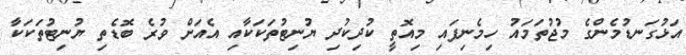
އަޅުގަނޑުމެންގެ މުޖުތަމައު ހިމެނިފައި މިއޮތީ ކުދިކުދި ޔުނިޓުތަކަކާއި އެއަށް ވުރެ ބޮޑެތި ޔުނިޓުތަކަކާ